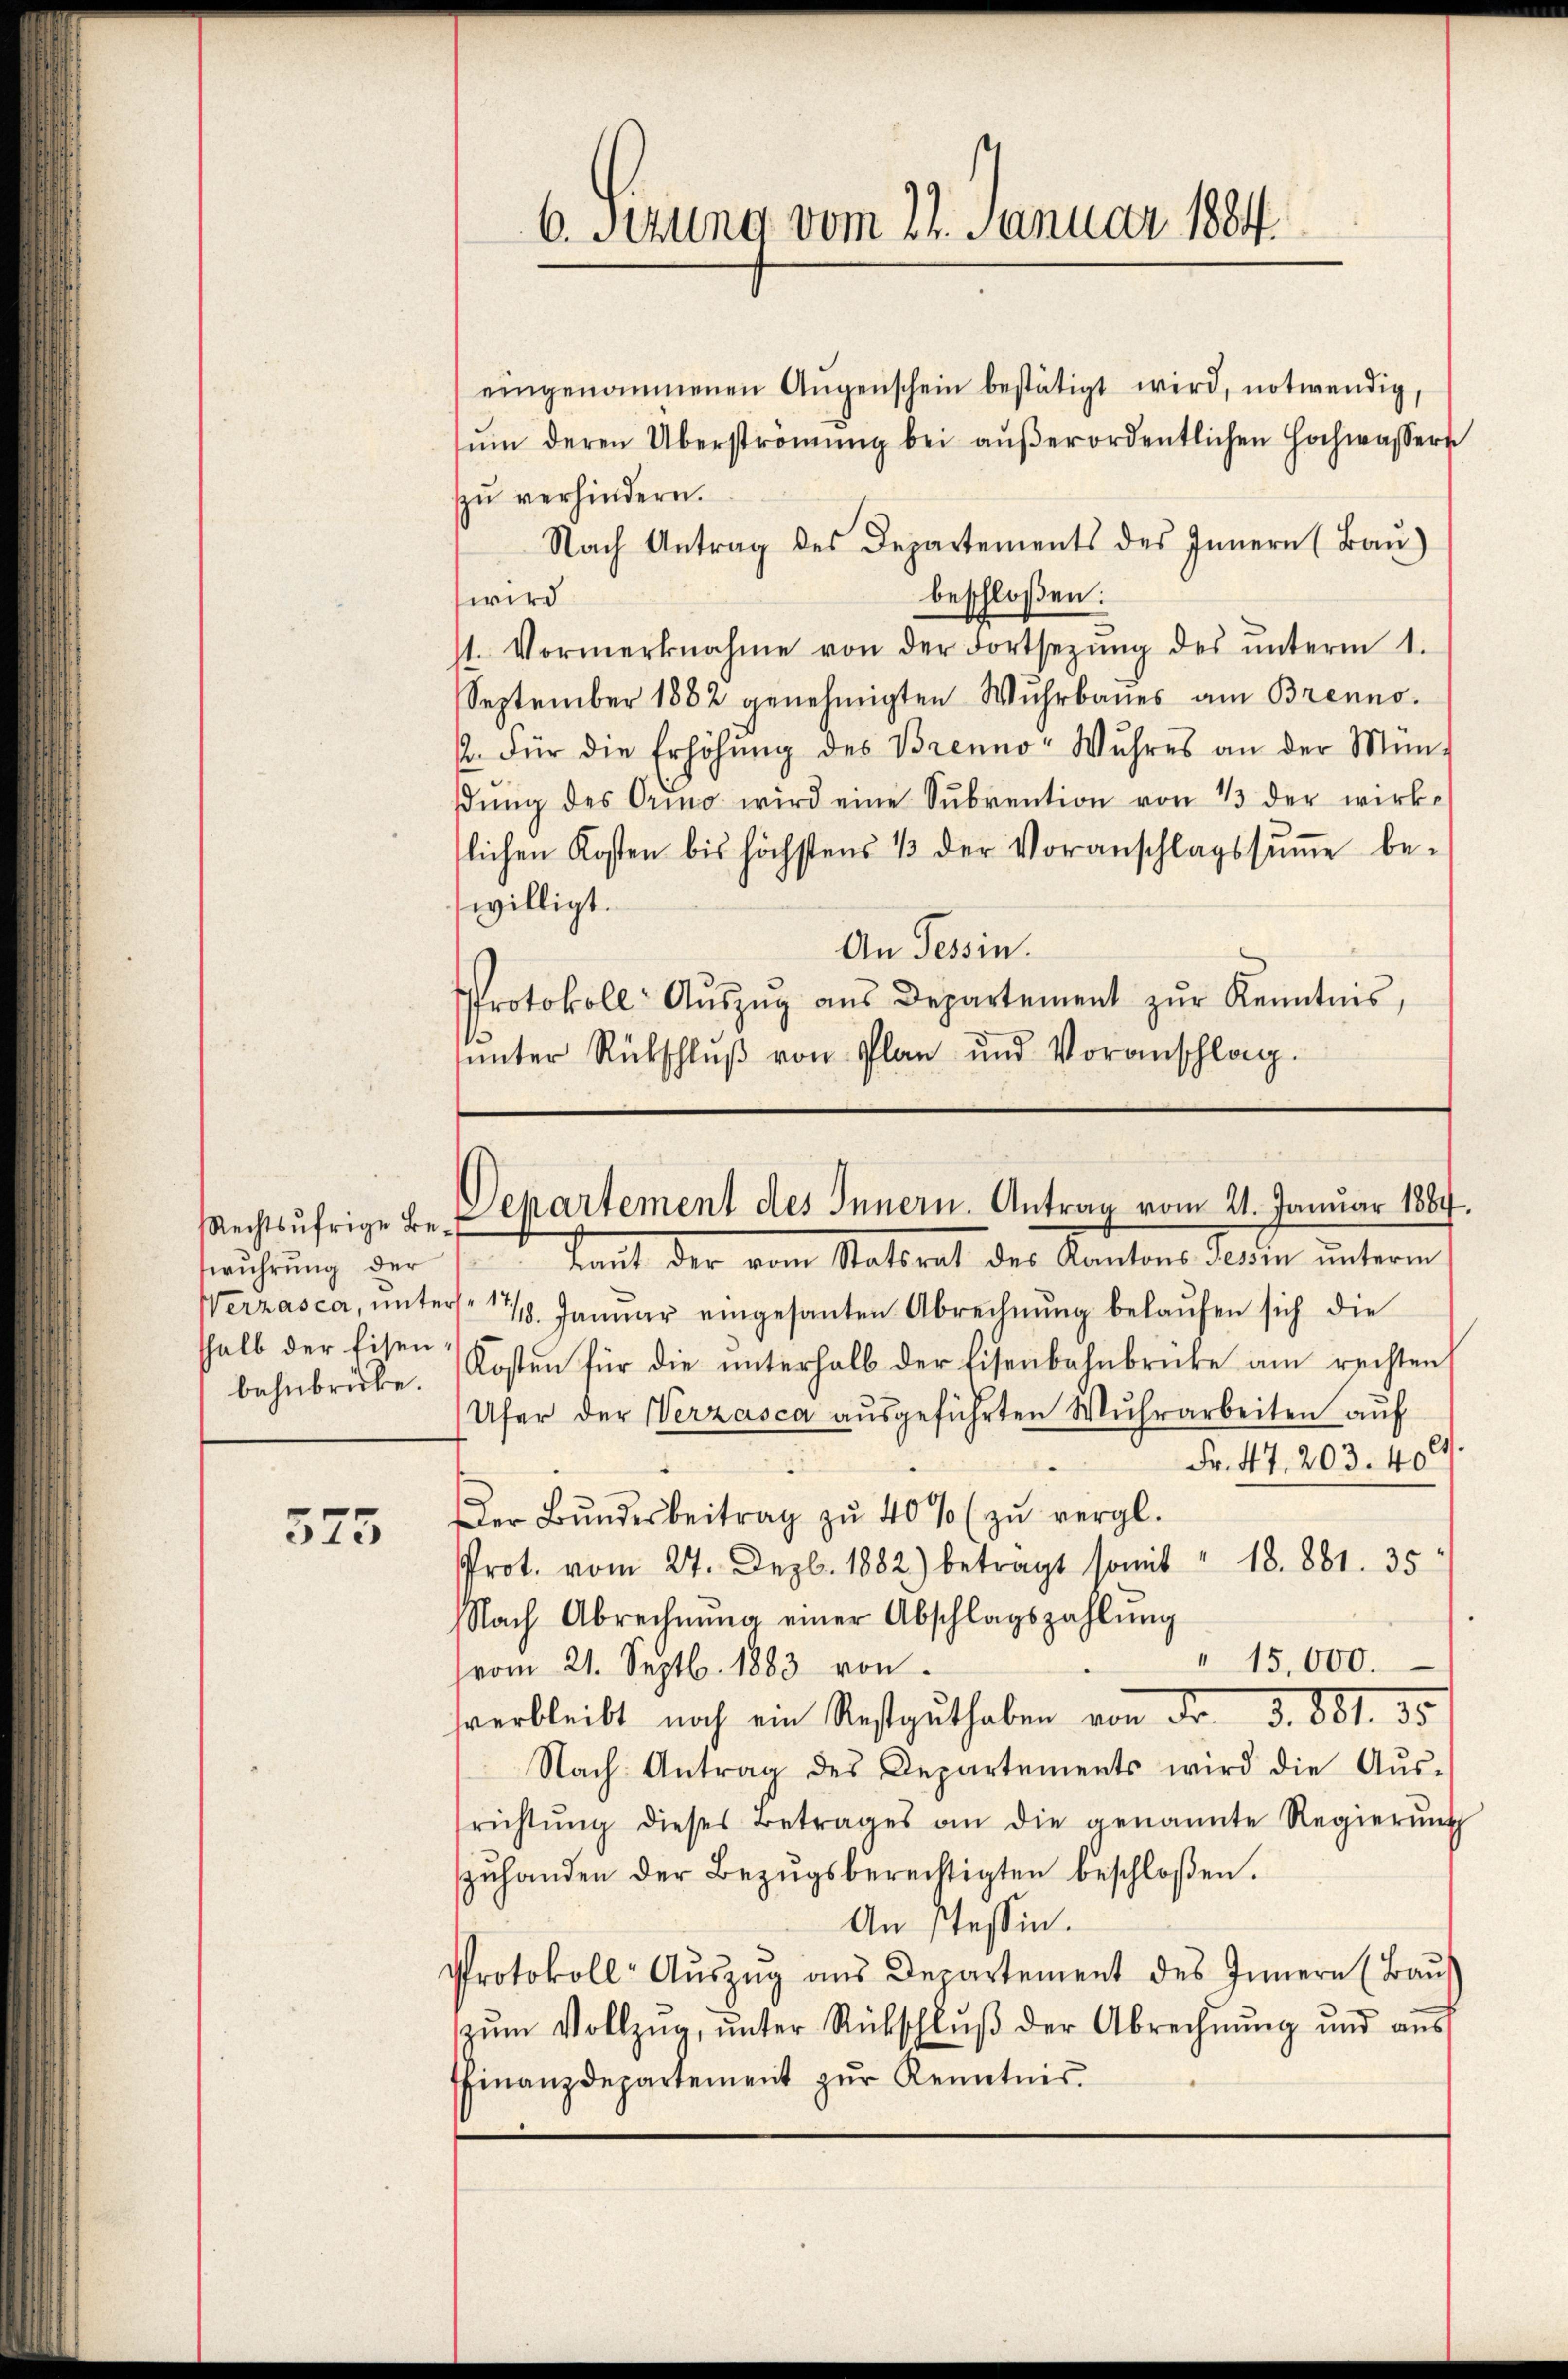
Rechtsufrige Beführung der
shalb der Eisen
bahnbrücke.

575

6. Setzung vom 22. Januar 1884

eingenommenen Aŭgenschein bestätigt wird, notwendig,
sŭm deren Überströmŭng bei aŭβerordentlichen Hochwassern
zŭ verhindern.
Nach Antrag des Departements des Innern (Baŭ)
beschloßen:
wird
st. Vormerknahme von der Fortsezŭng des ŭnterm 1.
September 1882 genehmigten Wuhrbaues am Brenno
. Für die Erhöhŭng des Brenno- Wuhres an der Mün-
βŭng des Orino wird eine Sŭbvention von 1 der wirk-
tlichen Kosten bis höchstens 1 der Voranschlagssŭṁe be-
willigt.
An Tessin.
Protokoll Aŭszŭg aŭs Departement zŭr Kenntnis,
ŭnter Rückschlŭβ von Plan und Voranschlag.

Departement des Innern. Antrag vom 21. Januar 1884.

Kant der vom Statrat des Kantons Termin unterm
Werzasca, ŭnters. 1 1/2 Januar eingesanten Abrechnŭng belaŭfen sich die
Kosten für die ŭnterhalb der Eisenbahnbrücke am rechten
Ufer der Verzasca ausgeführten Wuhrarbeiten auf
Fr. 47. 203. 400
Der Bŭndesbeitrag zŭ 40% zŭ vergl.
Prot. vom 24. Dezbr. 1882) beträgt somit " 18. 881. 35
Nach Abrechnŭng einer Abschlagszahlŭng
" 15,000.
(vom 21. Septbr. 1883 von
sverbleibt noch ein Restguthaben von dr. S. 881. 35
Nach Antrag des Departements wird die Aŭs-
richtŭng dieses Betrages an die genannte Regierŭng
zŭhanden der Bezŭgsberechtigten beschloßen.
An Tessin.
Protokoll-Aŭszŭg aŭs Departement des Innern (Baŭs
zŭm Vollzŭg, ŭnter Rückschlŭβ der Abrechnŭng und aus
finanzdepartement zŭr Kenntnis.